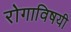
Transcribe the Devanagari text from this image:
रोगाविषयी